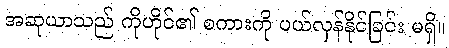
အဆုယာသည် ကိုဟိုင်၏ စကားကို ပယ်လှန်နိုင်ခြင်း မရှိ။